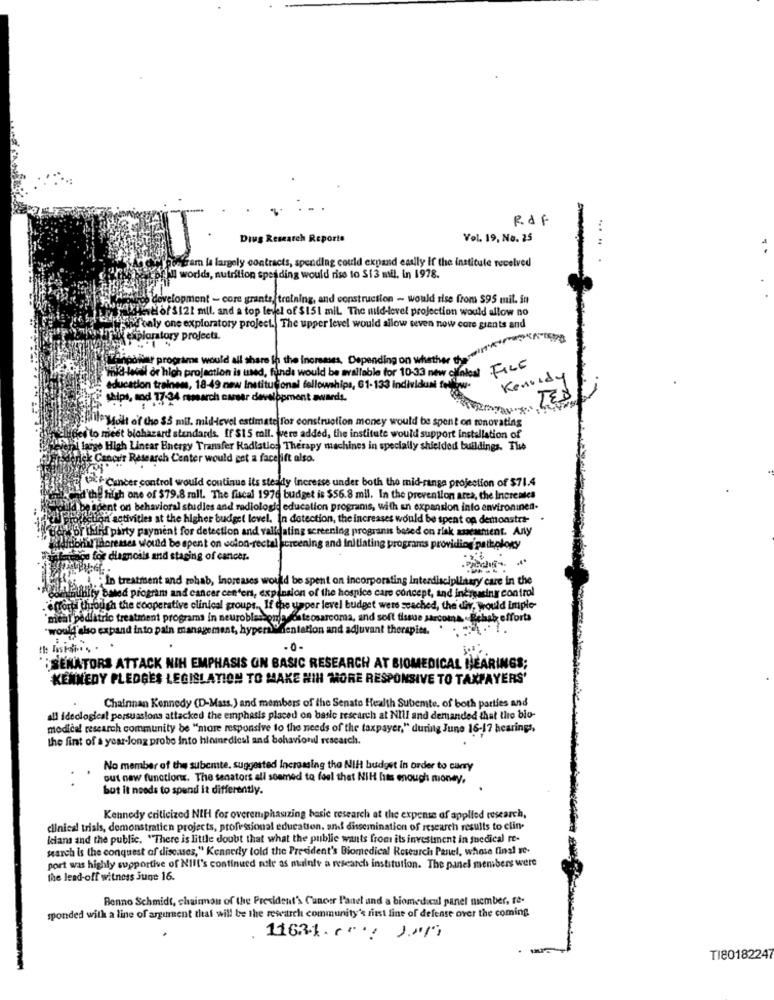
R.dF
Dius Research Reports
Vol. 19, No. 25
Sefram la largely contracts, spending could expand easily if the institute received
Il worlds, nutrition spending would rise to $13 mil. in 1978.
Werco development - core grants, trotning, and construction - would rise from $95 mil. in
004-0)of$12 mil, and a top level of $151 mil. The mild-level projection would allow no
jid byl cityhas only one exploratory project. The upper level would allow seven now core grants and
why Ini exploratory projects.
Pas ter programe would all share in the Increases, Depending on whether non
FILE
Wind Waril or high projection is used, funda would be available for 10-33 new cllalcal
Kenund.
education trainems, 18-49 new Institucional fellowships, 61-133 individual fre
ships, sod 77-34 research career development awards.
TE
alle Molt of the $5 mil. mid-level estimate for construction money would be spent on renovating
ed to meet biohazard standards. If $15 mil. were added, the institute would support installation of
large High Linear Energy Transfer Radiation Therapy machines in specially shielded buildings. The
ck Cancer Research Center would get a facelift also.
Pff Cancer control would continue its steady ineresse under both the mid-range projection of $71.4
Had the high one of $79.8 mll. The fiscal 1976 budget is $56.8 mil. In the prevention area, the Increases
dent on behavioral studies and radiologie education programs, with an expansion into environinen-
forliction activities at the higher budget level. In detection, the increases would be spent op demonstrt-
Or third party payment for detection and validating screening progranns based on risk andament. Any
chil thorenses would be spent on colon-rectal screening and initiating programs providing pathology
ce for diagnosis and staging of cancer.
." In treatment and rehab, Increases would be spent on incorporating Interdisciplinary care in the
Pourtanthity Based program and cancer centers, expansion of the hospice care concept, and increasing control
effort wybuch the cooperative clinical groups. If the upper level budget were scached, the div, Would Imple-
'meal pediatric treatment programs In neuroblastomadeste osarcoma, and soft tissue sarcoma .Rehab efforts
"would also expand into pain management, hyper hentation and adjuvant therapies.
SENATORS ATTACK NIH EMPHASIS ON BASIC RESEARCH AT BIOMEDICAL HEARINGS
KENNEDY PLEDGES LEGISLATION TO MAKE HIH MORE RESPONSIVE TO TAXPAYERS'
Chainnan Kennedy (D-Mass.) and members of the Senate Health Subemte. of both parties and
all ideological persuasions attacked the emphasis placed on basic research at NIll and demanded that the bio
medical research community be "more responsive to the needs of the taxpayer," during June 16-17 hearings,
the fint of a year-long probe into hinmedical and bohaviond research.
No member of the subcmte, suggested Increasing the NIH budget in order to curry
out new functions. The senators all seemed to feel that NIH hits enough money,
but it needs to spend it differently.
Kennedy criticized NIH for overemphasizing basic research at the expense of applied research,
clinical trials, demonstratien projects, profissional education. and dissemination of research results to elin-
Icians and the public. "There is little doubt that what the public wants from its investment in suedical re-
search is the conquest of diseases," Kennedy told the President's Biomedical Research Panel, whose final re-
port was highly supportive of NIll's continued nole as mainly a research institution. The panel members were
the lead-off witness June 16.
Benno Schmidt, chairman of the President's Cancer Panel and a biomedical panel member, re-
sponded with a line of argument that will be the research community's first line of defense over the coming
. 11631. ( ... ..
TI80182247